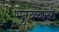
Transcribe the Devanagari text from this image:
भुलवण्यासाठी